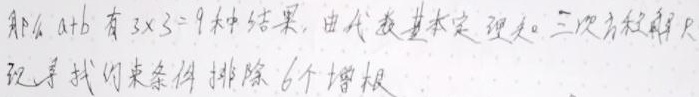
那么 \(a + b\) 有 \(3\times3 = 9\) 种结果。由代数基本定理知，三次方程解只需寻找约束条件排除 \(6\) 个增根。